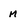
Character: m